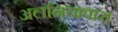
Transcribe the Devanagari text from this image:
अलनियावास